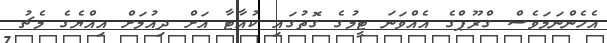
އެހެންނަމަވެސް ގްރޫޕްގެ އެއްވަނަ ޓީމުގެ ގޮތުގައި ކުއާޓާ އަށް ދިއުމަށް އިއްޔެގެ މެޗު